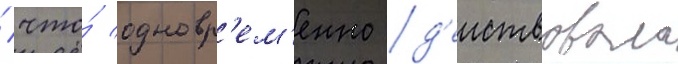
/ что́ одновр'ем'енно д'еиствовала